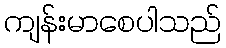
ကျန်းမာစေပါသည်